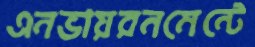
এনভায়রনমেন্টে